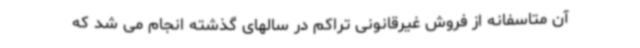
آن متاسفانه از فروش غیرقانونی تراکم در سالهای گذشته انجام می شد که